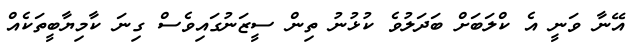
އޭނާ ވަނީ އެ ކްލަބަށް ބަދަލުވެ ކުޅުނު ތިން ސީޒަނުގައިވެސް ގިނަ ކާމިޔާބީތަކެއް